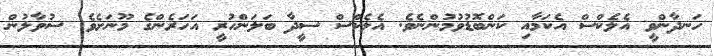
ހަނދާންވީ އެލެކްސް އެކަމާއި ކަންބޮޑުވުމުންނެވެ. އެލެކްސް ސީދާ ބަލަންހުރީ އަހަރެންގެ މޫނަށެވެ. ސުވާލުން